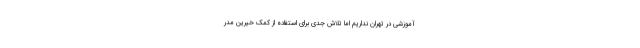
آموزشی در تهران نداریم اما تلاش جدی برای استفاده از کمک خیرین مدر